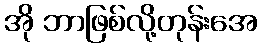
အို ဘာဖြစ်လို့တုန်းအေ